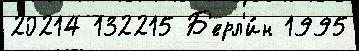
20214 132215 Б'ерл'и́н 1995